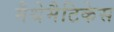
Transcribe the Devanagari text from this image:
मैथेमैटिकेस